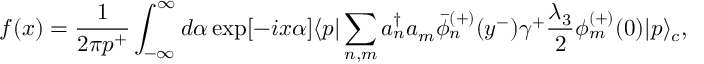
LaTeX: f ( x ) = \frac { 1 } { 2 \pi p ^ { + } } \int _ { - \infty } ^ { \infty } d \alpha \exp [ - i x \alpha ] \langle p | \sum _ { n , m } a _ { n } ^ { \dagger } a _ { m } \bar { \phi } _ { n } ^ { ( + ) } ( y ^ { - } ) \gamma ^ { + } \frac { \lambda _ { 3 } } { 2 } \phi _ { m } ^ { ( + ) } ( 0 ) | p \rangle _ { c } ,